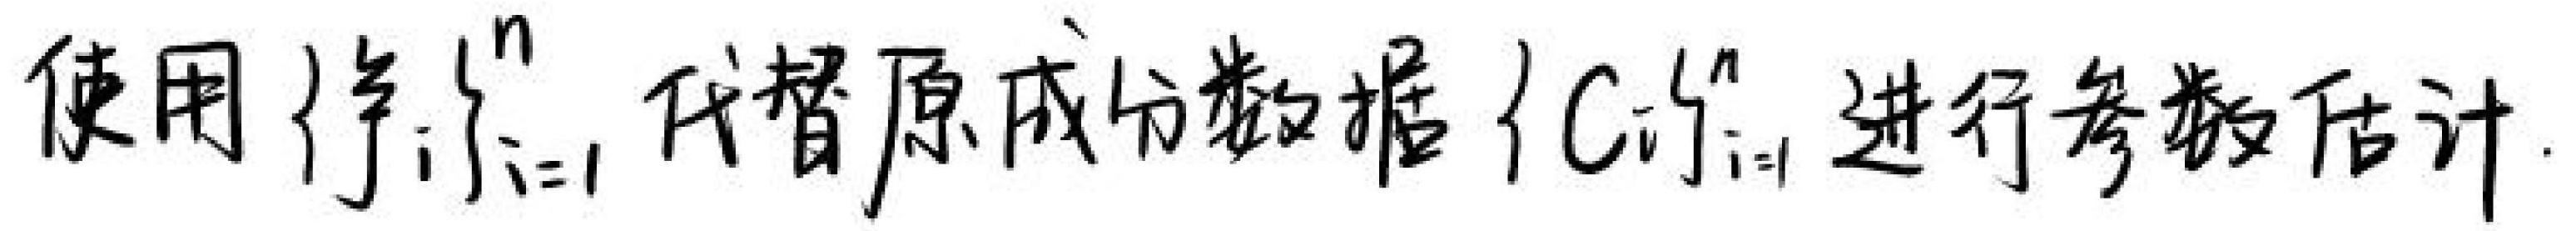
使用 \(\{y_i\}_{i = 1}^{n}\) 代替原成分数据 \(\{C_i\}_{i = 1}^{n}\) 进行参数估计.